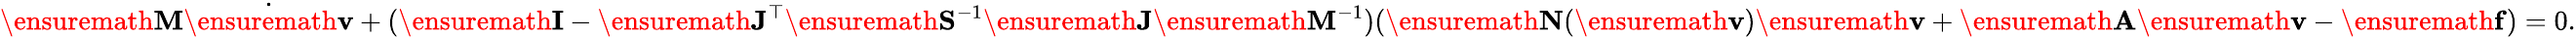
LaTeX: \ensuremath{\mathbf{M}}\dot{\ensuremath{\mathbf{v}}}+(\ensuremath{\mathbf{I}}-\ensuremath{\mathbf{J}}^{\top}\ensuremath{\mathbf{S}}^{-1}\ensuremath{\mathbf{J}}\ensuremath{\mathbf{M}}^{-1})(\ensuremath{\mathbf{N}}(\ensuremath{\mathbf{v}})\ensuremath{\mathbf{v}}+\ensuremath{\mathbf{A}}\ensuremath{\mathbf{v}}-\ensuremath{\mathbf{f}})=0.